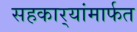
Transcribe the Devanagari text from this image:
सहकार्‍यांमार्फत